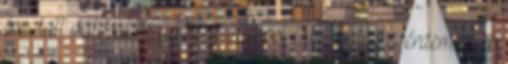
év alatt valósul majd meg, a most támogatásra érdemesnek